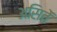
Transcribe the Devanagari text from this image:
असितें